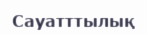
Сауатттылық